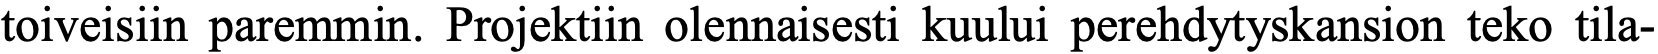
toiveisiin paremmin. Projektiin olennaisesti kuului perehdytyskansion teko tila-